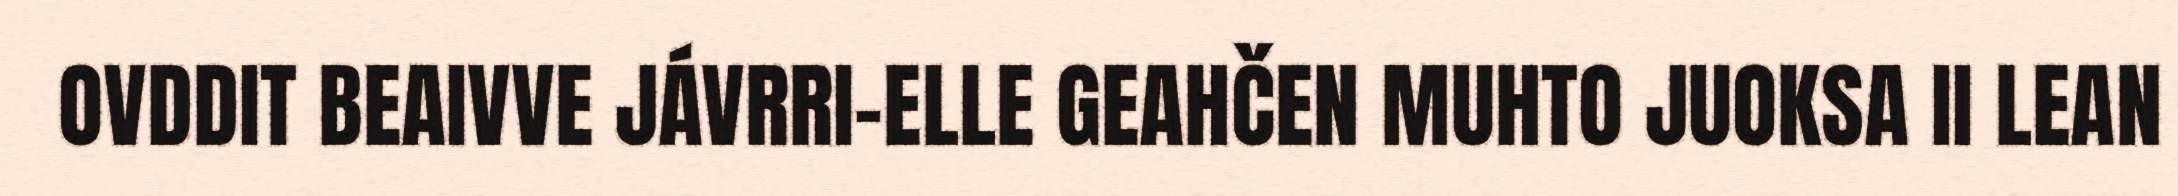
OVDDIT BEAIVVE JÁVRRI-ELLE GEAHČEN MUHTO JUOKSA II LEAN